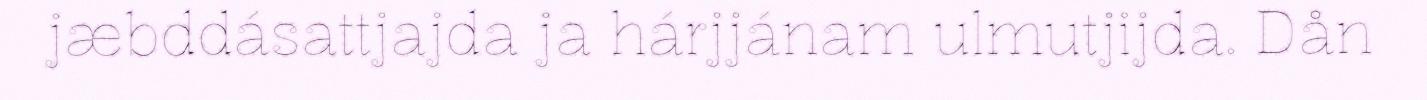
jæbddásattjajda ja hárjjánam ulmutjijda. Dån